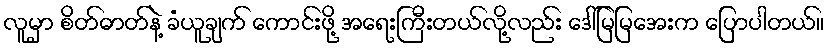
လူမှာ စိတ်ဓာတ်နဲ့ ခံယူချက် ကောင်းဖို့ အရေးကြီးတယ်လို့လည်း ဒေါ်မြမြအေးက ပြောပါတယ်။